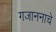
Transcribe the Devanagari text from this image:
गजाननाचे